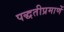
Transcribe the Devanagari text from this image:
पद्धतीप्रमाणें